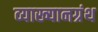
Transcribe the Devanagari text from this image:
व्याख्यानग्रंथ